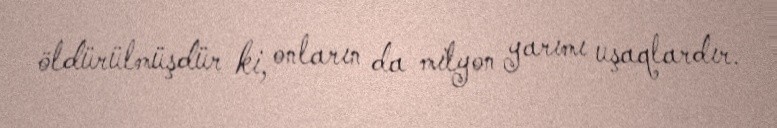
öldürülmüşdür ki, onların da milyon yarımı uşaqlardır.